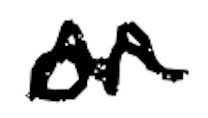
Text: or
Cross-out: zig-zag
Writing tool: digital_black